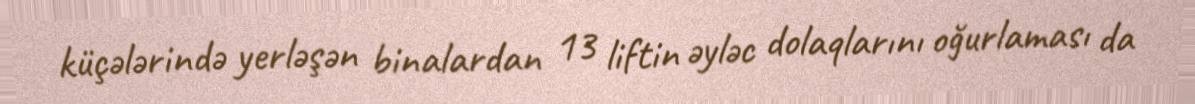
küçələrində yerləşən binalardan 13 liftin əyləc dolaqlarını oğurlaması da